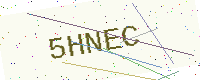
Text: 5HNEC